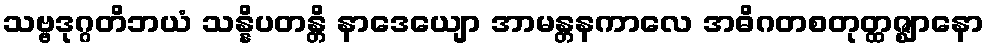
သဗ္ဗဒုဂ္ဂတိဘယံ သန္နိပတန္တိ နာဒေယျော အာမန္တနကာလေ အဓိဂတစတုတ္ထဇ္ဈာနော